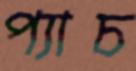
প্যাচ